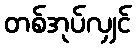
တစ်အုပ်လျှင်